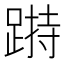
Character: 𨃌